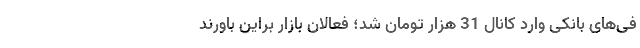
فی‌های بانکی وارد کانال 31 هزار تومان شد؛ فعالان بازار براین باورند